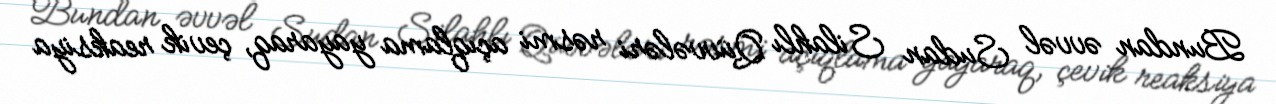
Bundan əvvəl Sudan Silahlı Qüvvələri rəsmi açıqlama yayaraq, çevik reaksiya